Annual report of the Imperial Bacteriological Laboratory, Muktesar
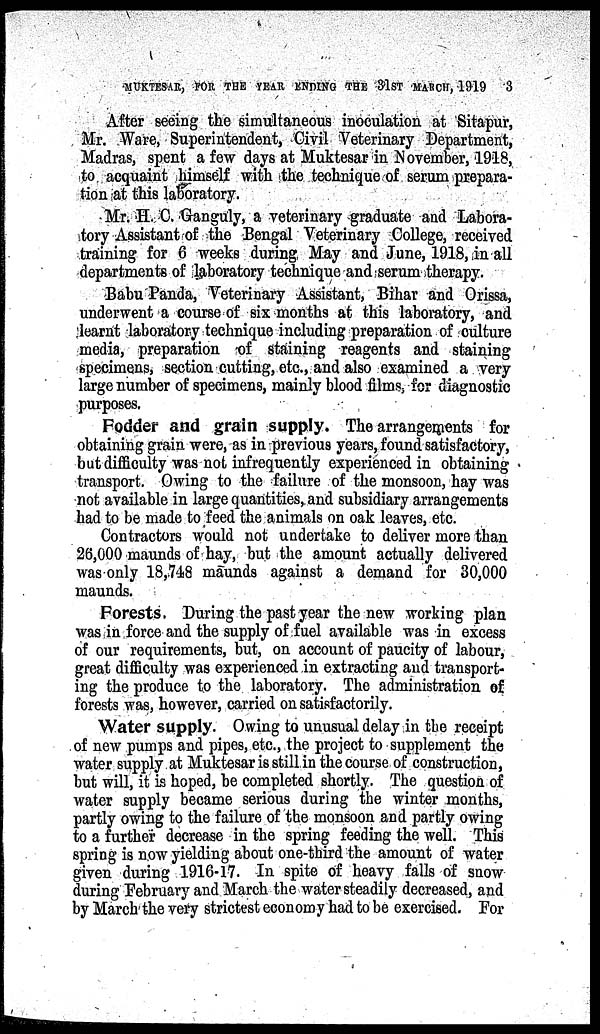
MUKTESAR, FOR THE YEAR ENDING THE 31ST MARCH, 1919
3
After seeing the simultaneous inoculation at Sitapur,
Mr. Ware, Superintendent, Civil Veterinary Department,
Madras, spent a few days at Muktesar in November, 1918,
to acquaint himself with the technique of serum prepara-
tion at this laboratory.
Mr. H. C. Ganguly, a veterinary graduate and Labora-
tory Assistant of the Bengal Veterinary College, received
training for 6 weeks during May and June, 1918, in all
departments of laboratory technique and serum therapy.
Babu Panda, Veterinary Assistant, Bihar and Orissa,
underwent a course of six months at this laboratory, and
learnt laboratory technique including preparation of culture
media, preparation of staining reagents and staining
specimens, section cutting, etc., and also examined a very
large number of specimens, mainly blood films, for diagnostic
purposes.
Fodder and grain supply. The arrangements for
obtaining grain were, as in previous years, found satisfactory,
but difficulty was not infrequently experienced in obtaining
transport. Owing to the failure of the monsoon, hay was
not available in large quantities, and subsidiary arrangements
had to be made to feed the animals on oak leaves, etc.
Contractors would not undertake to deliver more than
26,000 maunds of hay, but the amount actually delivered
was only 18,748 maunds against a demand for 30,000
maunds.
Forests. During the past year the new working plan
was in force and the supply of fuel available was in excess
of our requirements, but, on account of paucity of labour,
great difficulty was experienced in extracting and transport-
ing the produce to the laboratory. The administration of
forests was, however, carried on satisfactorily.
Water supply. Owing to unusual delay in the receipt
of new pumps and pipes, etc., the project to supplement the
water supply at Muktesar is still in the course of construction,
but will, it is hoped, be completed shortly. The question of
water supply became serious during the winter months,
partly owing to the failure of the monsoon and partly owing
to a further decrease in the spring feeding the well. This
spring is now yielding about one-third the amount of water
given during 1916-17. In spite of heavy falls of snow
during February and March the water steadily decreased, and
by March the very strictest economy had to be exercised. For